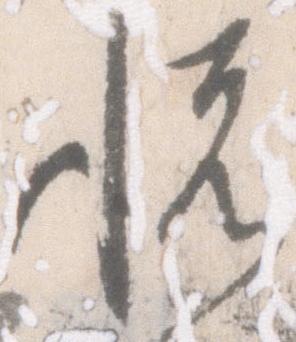
悦